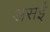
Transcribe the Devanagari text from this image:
असई